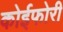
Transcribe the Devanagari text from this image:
कोईफोरी